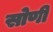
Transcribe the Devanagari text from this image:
सोणी